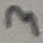
Text: 3